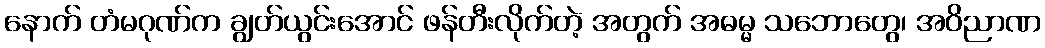
နောက် တံမဂုဏ်က ချွတ်ယွင်းအောင် ဖန်တီးလိုက်တဲ့ အတွက် အဓမ္မ သဘောတွေ၊ အဝိညာဏ